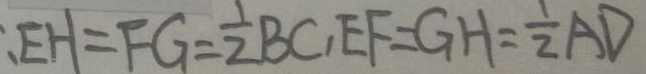
: E H = F G = \frac { 1 } { 2 } B C , E F = G H = \frac { 1 } { 2 } A D